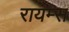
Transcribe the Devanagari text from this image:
रायम्स